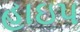
હાઇપ